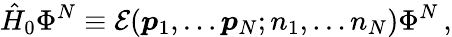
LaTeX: \hat{H}_{0}\Phi^{N}\equiv{\mathcal E}(\boldsymbol{p}_{1},\dots\boldsymbol{p}_{N};n_{1},\dots n_{N})\Phi^{N}\, ,